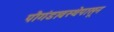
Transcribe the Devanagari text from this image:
पौगंडावस्थेपासून